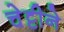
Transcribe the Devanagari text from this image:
चेट्टीने